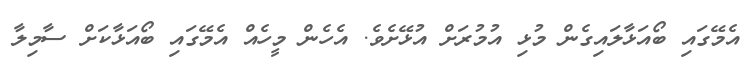
އެމޭގައި ބޯއަޅާލައިގެން މުޅި އުމުރަށް އުޅޭށެވެ. އެހެން މީހެއް އެމޭގައި ބޯއަޅާކަށް ސާމިލާ